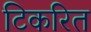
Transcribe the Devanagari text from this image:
टिकरित